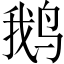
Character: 鹅